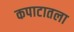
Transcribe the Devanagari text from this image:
कपाटातला